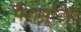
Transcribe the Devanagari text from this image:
पैरासूटिंग